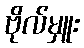
ဗိုလ်မှူး